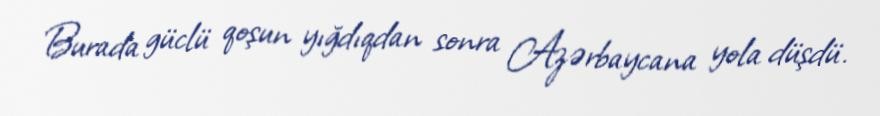
Burada güclü qoşun yığdıqdan sonra Azərbaycana yola düşdü.